Annual report of lunatic asylums [Bombay] - 1912-1922
Year: 1912
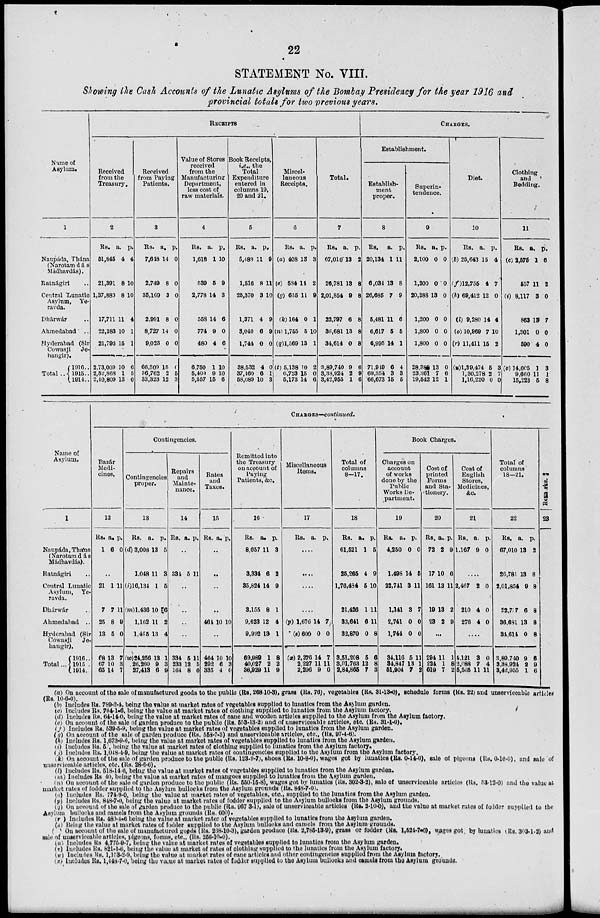
22
STATEMENT No. VIII.
Showing the Cash Accounts of the Lunatic Asylums of the Bombay Presidency for the year 1916 and
provincial totals for two previous years.
Name of
Asylum.
1
Naupáda, Thána
(Narotamdás
Mádhavdás).
Ratnágiri ..
Central Lunatic
Asylum, Ye-
ravda.
Dhárwár ..
Ahmedabad ..
Hyderabad (Sir
Cowasji
Je-
hangir)
Total ..
1916 ..
1915 ..
1914 ..
RECEIPTS
Received
from the
Treasury.
2
Rs.
51,845
21,391
1,37,880
17,711
22,383
21,793
2,73,009
2,52,868
2,10,809
a.
4
8
8
11
10
15
10
1
13
p.
4
10
10
4
1
1
6
5
0
Received
from Paying
Patients.
3
Rs.
7,648
2,749
35,169
2,991
8,727
9,023
66,309
36,762
33,323
a.
14
8
3
8
14
0
15
2
12
p.
0
0
0
0
0
0
0
5
3
Value of Stores
received
from the
Manufacturing
Department,
less cost of
raw materials.
4
Rs.
1,618
539
2,778
558
774
480
6,750
5,409
5,557
a.
1
5
14
14
9
4
1
9
15
p.
10
9
3
6
0
6
10
10
6
Book Receipts,
i.e., the
Total
Expenditure
entered in
columns 19,
20 and 21.
5
Rs.
5,489
1,516
25,370
1,371
3,040
1,744
38,532
37,160
58,089
a.
11
8
3
4
6
0
4
6
10
p.
9
11
10
9
9
0
0
1
3
Miscel-
laneous
Receipts.
6
Rs.
(a) 408
(e) 584
(g) 655
(k)164
(n) 1,755
(q)1,569
(t) 5,138
6,723
5,173
a.
13
14
11
0
5
13
10
15
14
p.
3
2
9
1
10
1
2
0
6
Total.
7
Rs.
67,010
26,781
2,01,854
22,797
36,681
34,614
3,89,740
3,33,924
3,42,955
a.
13
13
9
6
13
0
9
2
1
p.
2
8
8
8
8
8
6
9
6
CHARGES.
Establishment.
Establish-
ment
proper.
8
Rs.
20,134
6,034
26,685
5,481
6,617
6,995
71,949
69,354
66,673
a.
1
13
7
11
5
14
6
3
15
p.
11
8
9
6
5
1
4
3
5
Superin-
tendence.
9
Rs.
2,100
1,200
20,288
1,200
1,800
1,800
28,388
23,361
19,542
a.
0
0
13
0
0
0
13
7
12
p.
0
0
0
0
0
0
0
6
1
Diet.
10
Rs.
(b) 25,643
(f)12,755
(h) 69,412
(l) 9,280
(o) 10,969
(r) 11,411
(u)1,39,474
1,30,278
1,16,220
a.
15
4
12
14
7
15
5
2
0
p.
4
7
0
4
10
2
3
7
0
Clothing
and
Bedding.
11
Rs.
(c) 2,575
557
(i) 8,117
863
1,301
590
(v) 14,005
9,660
15,223
a.
1
11
3
13
0
4
1
11
5
p.
6
2
0
7
0
0
3
1
8
Name of
Asylum.
1
Naupáda, Thána
(Narotamdás
Mádhavdás).
Ratnágiri ..
Control Lunatic
Asylum, Ye-
ravda.
Dhárwár ..
Ahmedabad ..
Hyderabad (Sir
Cowasji
Je-
hangir).
Total...
1916..
1915..
1914..
CHARGES—continued.
Bazár
Medi-
cines.
12
Rs.
1
a.
6
p.
0
..
21
7
25
13
68
67
65
1
7
8
5
13
10
14
11
11
9
0
7
3
7
Contingencies.
Contingencies
proper.
13
Rs.
(d) 3,008
1,048
(f)16,134
(m) 1,436
1,162
1,465
(w) 24,256
26,260
27,413
a.
13
11
1
10
11
13
13
9
6
p.
5
3
5
6
2
4
1
3
9
Repairs
and
Mainte-
nance.
14
Rs. a. p.
..
334 5 11
..
..
..
..
334
233
164
5
12
8
11
5
0
Rates
and
Taxes.
15
Rs. a. p.
..
..
..
..
464 10 10
..
464
292
335
10
6
4
10
3
0
Remitted into
the Treasury
on account of
Paying
Patients, &c.
16
Rs.
8,057
3,334
35,824
3,155
9,623
9,992
69,989
40,027
36,929
a.
11
6
14
8
12
13
1
2
11
p.
3
2
9
1
4
1
8
2
9
Miscellaneous
Items.
17
Rs. a.
p.
....
....
....
....
(p) 1,676
(s) 600
(x) 2,276
2,227
2,296
14
0
14
11
9
7
0
7
11
0
Total of
columns
8—17.
18
Rs.
61,521
25,265
1,76,484
21,426
33,641
32,870
3,51,208
3,01,763
2,84,865
a.
1
4
5
1
6
0
5
12
7
p.
5
9
10
11
11
8
6
8
3
Book Charges.
Charges on
account
of works
done by the
Public
Works De-
partment.
19
Rs.
4,250
1,498
22,741
1,141
2,741
1,744
34,116
34,847
51,904
a.
0
14
3
3
0
0
5
13
7
p.
0
5
11
7
0
0
11
1
2
Cost of
printed
Forms
and Sta-
tionery.
20
Rs.
72
17
161
19
23
a.
2
10
13
13
2
p.
9
6
11
2
9
..
294
224
619
11
1
7
1
8
2
Cost of
English
Stores,
Medicines,
&c.
21
Rs.
1,167
a.
9
p.
0
....
2,467
210
276
2
4
4
0
0
0
..
4,121
2,088
5,565
3
7
11
0
4
11
Total of
columns
18—21.
22
Rs.
67,010
26,781
2,01,854
22,737
36,681
34,614
3,89,740
3,38,924
3,42,955
a.
13
13
9
6
13
0
9
2
1
p.
2
8
8
8
8
8
6
9
6
Remarks.
23
(a) On account of the sale of manufactured goods to the public (Rs. 268-10-3), grass (Rs. 76), vegetables (Rs. 31-13-0), schedule forms (Rs. 22) and unserviceable articles
(Rs. 10-6-0).
(b) Includes Rs. 789-2-4, being the value at market rates of vegetables supplied to lunatics from the Asylum garden.
(c) Includes Rs. 764-1-6, being the value at market rates of clothing supplied to lunatics from the Asylum factory.
(d) Includes Rs. 64-14-0, being the value at market rates of cane and wooden articles supplied to the Asylum from the Asylum factory.
(e) On account of the sale of garden produce to the public (Rs. 553-13-2) and of unserviceable articles, etc. (Rs. 31-1-0).
(f) Includes Rs. 539-5-9, being the value at market rates of vegetables supplied to lunatics from the Asylum garden.
(g) On account of the sale of garden produce (Rs. 553-7-3) and unserviceable articles, etc., (Rs. 97-4-6).
(h) Includes Rs. 1,673-9-6, being the value at market rates of vegetables supplied to lunatics from the Asylum garden.
(i) Includes Rs. 57, being the value at market rates of clothing supplied to lunatics from the Asylum factory.
(j) Includes Rs. 1,048-4-9, being the value at market rates of contingencies supplied to the Asylum from the Asylum factory.
(k) On account of the sale of garden produce to the public (Rs. 123-9-7), shoes (Rs. 10-8-0), wages got by lunatics (Rs. 0-14-0), sale of pigeons (Rs. 0-10-0), and sale of
unserviceable articles, etc. (Rs. 28-6-6).
(l) Includes Rs. 518-14-6, being the value at market rates of vegetables supplied to lunatics from the Asylum garden.
(m) Includes Rs. 40, being the value at market rates of mangoes supplied to lunatics from the Asylum garden.
(n) On account of the sale of garden produce to the public (Rs. 550-15-8), wages got by lunatics (Rs. 302-3-2), sale of unserviceable articles (Rs. 53-12-0) and the value at
market rates of fodder supplied to the Asylum bullocks from the Asylum grounds (Rs. 848-7-0).
(o) Includes Rs. 774-9-0, being the value at market rates of vegetables, etc., supplied to the lunatics from the Asylum garden.
(p) Includes Rs. 848-7-0, being the value at market rates of fodder supplied to the Asylum bullocks from the Asylum grounds.
(q) On account of the sale of garden produce to the public (Rs. 967-3-1), sale of unserviceable articles (Rs. 2-10-0), and the value at market rates of fodder supplied to the
Asylum bullocks and camels from the Asylum grounds (Rs. 600).
(r) Includes Rs. 480-4-6 being the value at market rater of vegetables supplied to lunatics from the Asylum garden.
(s) Being the value at market rates of fodder supplied to the Asylum bullocks and camels from the Asylum grounds.
(t) On account of the sale of manufactured goods (Rs. 268-10-3), garden produce (Rs. 2,785-13-9), grass or fodder (Rs. l,524-7-0), wages got by lunatics (Rs. 303-1-2) and
sale of unserviceable articles, pigeons, forms, etc., (Rs. 256-10-0).
(u) Includes Rs. 4,775-9-7, being the value at market rates of vegetables supplied to lunatics from the Asylum garden.
(v) Includes Rs. 821-1-6, being the value at market of rates of clothing supplied to the lunatics from the Asylum factory.
(w) Includes Rs. 1,153-2-9, being the value at market rates of cane articles and other contingencies supplied from the Asylum factory.
(x) Includes Rs. 1,448-7-0, being the value at market rates of fodder supplied to the Asylum bullocks and camels from the Asylum grounds.